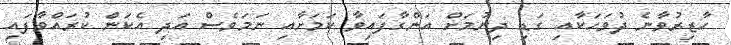
ހާޒިރުވާނެ ދުވަހަކާއި ގަޑި ދިނުމަށް އަންގާފައިވާ ކަމަށާއި ނަމަވެސް އަދި އެކަން ކުރައްވާފައި